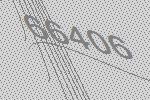
66406